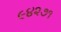
૯૪૨૭૧